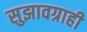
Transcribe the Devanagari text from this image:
सुझावग्राही